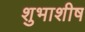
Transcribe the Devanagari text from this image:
शुभाशीष